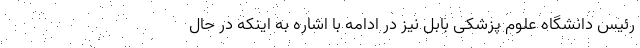
رئیس دانشگاه علوم پزشکی بابل نیز در ادامه با اشاره به اینکه در حال